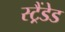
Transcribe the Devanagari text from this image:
स्ट्रैंडेड